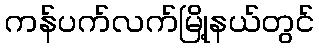
ကန်ပက်လက်မြို့နယ်တွင်